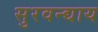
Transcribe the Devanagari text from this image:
सुरवन्द्याय